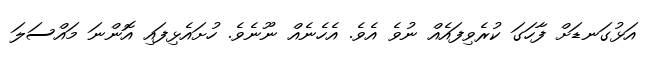
އަޅުގަނޑަށް ފާހަގަ ކުރެވިފައެއް ނުވެ އެވެ. އެހެނެއް ނޫނެވެ. ހުށައެޅިފައި އޮންނަ މައްސަލަ